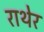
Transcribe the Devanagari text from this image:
राथेर